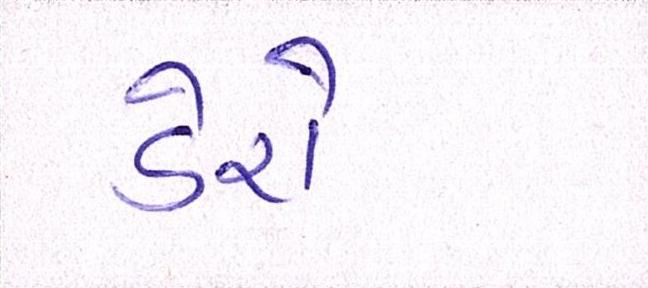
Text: ડેરો